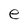
Character: e